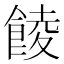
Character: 𩜁